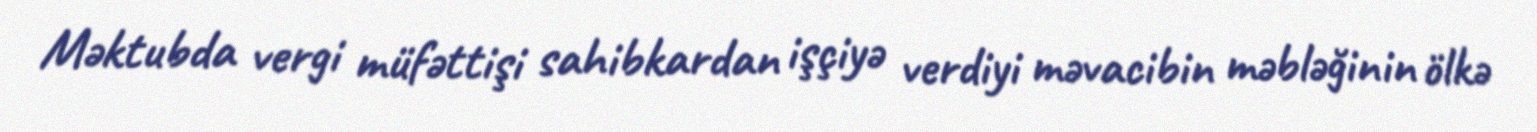
Məktubda vergi müfəttişi sahibkardan işçiyə verdiyi məvacibin məbləğinin ölkə